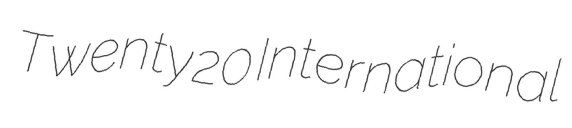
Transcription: Twenty20 International